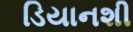
ડિયાનશી